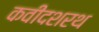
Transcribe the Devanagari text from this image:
कवीदशरथ